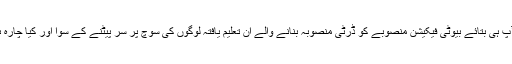
اب آپ ہی بتائے بیوٹی فیکیشن منصوبے کو ڈرٹی منصوبہ بنانے والے ان تعلیم یافتہ لوگوں کی سوچ پر سر پیٹنے کے سوا اور کیا چارہ ہے؟